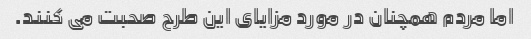
اما مردم همچنان در مورد مزایای این طرح صحبت می کنند.